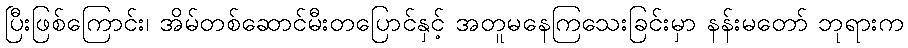
ပြီးဖြစ်ကြောင်း၊ အိမ်တစ်ဆောင်မီးတပြောင်နှင့် အတူမနေကြသေးခြင်းမှာ နန်းမတော် ဘုရားက